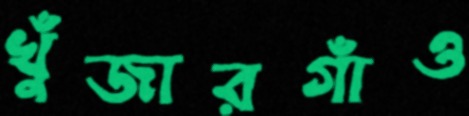
খুঁজারগাঁও